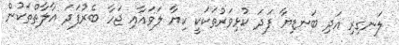
ލަނގިރި އަދި ބަނޑިޔާ ފަދަ ކުޅިވަރުތަކަކީ ކިޔާ ލަވައާއި ޖަހާ ބެރުފަދަ އާލާތްތަކުން